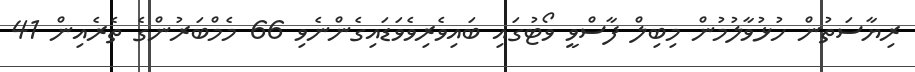
ރިޔާސަތުން ހުޅުވާލުމުން މިބިލް ފާސްވީ ވޯޓުގައި ބައިވެރިވެވަޑައިގެންނެވި 66 މެމްބަރުންގެ ތެރެއިން 41